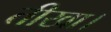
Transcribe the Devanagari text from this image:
तीखा।